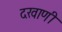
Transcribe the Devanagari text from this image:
दखाणी